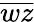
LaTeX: \overline{{wz}}